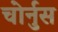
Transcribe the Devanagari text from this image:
चोर्नुस